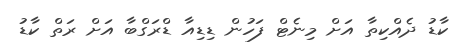
ކާޑު ދެއްކިތާ އަށް މިނެޓް ފަހުން ޑިޑިއާ ޑްރަގްބާ އަށް ރަތް ކާޑު